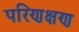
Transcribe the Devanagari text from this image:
परिणक्षण